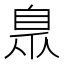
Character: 臮